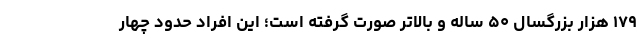
۱۷۹ هزار بزرگسال ۵۰ ساله و بالاتر صورت گرفته است؛ این افراد حدود چهار